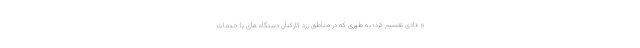
و عادی تقسیم کرد؛ به طوری که در مناطق زرد کارکنان دستگاه های با خدمات